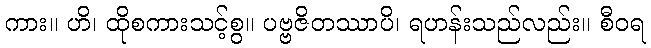
ကား။ ဟိ၊ ထိုစကားသင့်စွ။ ပဗ္ဗဇိတဿာပိ၊ ရဟန်းသည်လည်း။ စီဝရ